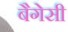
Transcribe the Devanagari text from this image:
बैगेसी